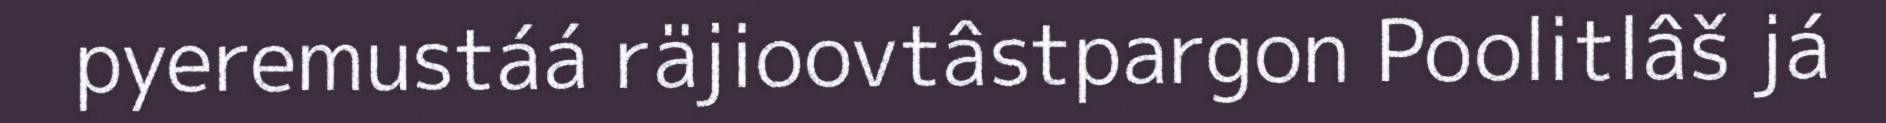
pyeremustáá räjioovtâstpargon Poolitlâš já